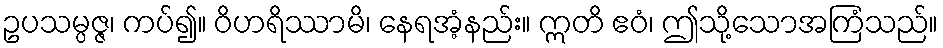
ဥပသမ္ပဇ္ဇ၊ ကပ်၍။ ဝိဟရိဿာမိ၊ နေရအံ့နည်း။ ဣတိ ဧဝံ၊ ဤသို့သောအကြံသည်။